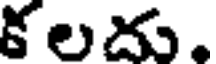
కలదు,